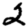
Digit: 2